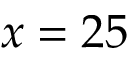
x = 2 5